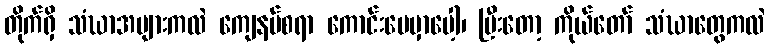
တိုက်ရှိ သံဃာအများကလဲ ကျေနပ်စရာ ကောင်းပေမှာပေါ့၊ ပြီးတော့ ကိုယ်တော် သံဃာတွေကလဲ